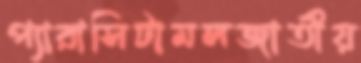
প্যারাসিটামলজাতীয়